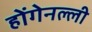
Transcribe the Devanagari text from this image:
होंगेनल्ली